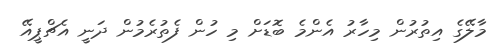
މާލޭގެ އިތުރުން މިހާރު އެންމެ ބޮޑަށް މި ހުން ފެތުރެމުން ދަނީ އެޗްޕީއޭ